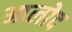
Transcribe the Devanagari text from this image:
आलोद